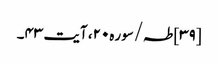
[۳۹] طہ/سوره۲۰، آیت ۴۳۔